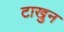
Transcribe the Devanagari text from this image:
टाखुन